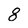
Character: 8